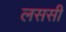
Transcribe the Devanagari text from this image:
लससी